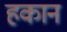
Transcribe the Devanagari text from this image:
हकान